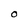
Character: O